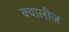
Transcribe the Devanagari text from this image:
क्वालीज